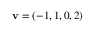
\mathbf { v } = ( - 1 , 1 , 0 , 2 )